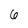
Character: 6